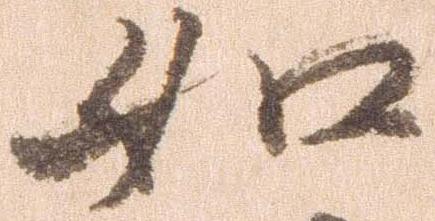
如